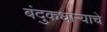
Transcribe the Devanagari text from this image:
बंदुकधाऱ्याचे